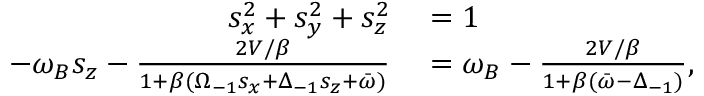
\begin{array} { r l } { s _ { x } ^ { 2 } + s _ { y } ^ { 2 } + s _ { z } ^ { 2 } } & { { } = 1 } \\ { - \omega _ { B } s _ { z } - \frac { 2 V / \beta } { 1 + \beta ( \Omega _ { - 1 } s _ { x } + \Delta _ { - 1 } s _ { z } + \bar { \omega } ) } } & { { } = \omega _ { B } - \frac { 2 V / \beta } { 1 + \beta ( \bar { \omega } - \Delta _ { - 1 } ) } , } \end{array}